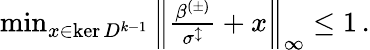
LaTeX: \begin{array}{r}{\operatorname*{min}_{x\in\ker D^{k-1}}\left\lVert\frac{\beta^{(\pm)}}{\sigma^{\updownarrow}}+x\right\rVert_{\infty}\leq 1\, .}\end{array}